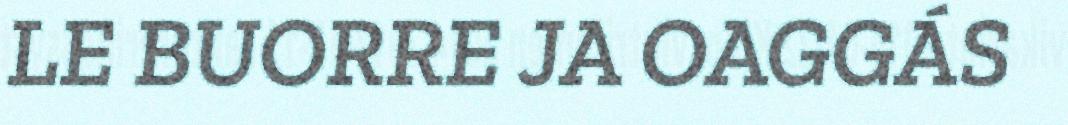
LE BUORRE JA OAGGÁS